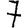
Digit: 7